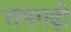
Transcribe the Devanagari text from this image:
रामगढ़ी